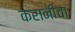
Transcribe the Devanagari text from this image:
करानीचा